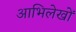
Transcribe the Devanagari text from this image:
आभिलेखों